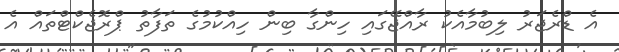
އެ ޑްރެޖަރު ލިބުމާއެކު ރާއްޖޭގައި ހިންގާ ބިން ހިއްކުމުގެ ތަފާތު ޕްރޮޖެކްޓްތައް އެ